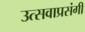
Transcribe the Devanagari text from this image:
उत्सवाप्रसंगी